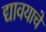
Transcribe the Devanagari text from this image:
द्यावयाचें